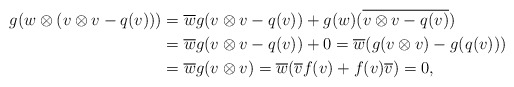
\begin{align*}g(w\otimes(v\otimes v-q(v)))&=\overline{w}g(v\otimes v-q(v))+g(w)(\overline{v\otimes v-q(v)})\\&=\overline{w}g(v\otimes v-q(v))+0=\overline{w}(g(v\otimes v)-g(q(v)))\\&=\overline{w}g(v\otimes v)=\overline{w}(\overline{v}f(v)+f(v)\overline{v})=0,\end{align*}